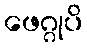
ဖေဂ္ဂုပိ